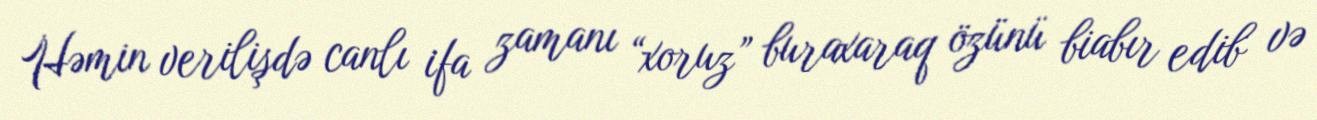
Həmin verilişdə canlı ifa zamanı “xoruz” buraxaraq özünü biabır edib və